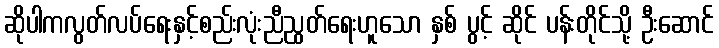
ဆိုပါကလွတ်လပ်ရေးနှင့်စည်းလုံးညီညွတ်ရေးဟူသော နှစ် ပွင့် ဆိုင် ပန်းတိုင်သို့ ဦးဆောင်